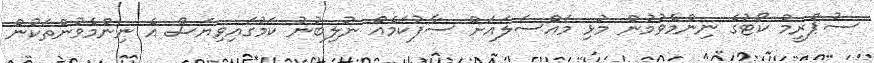
ސުޕްރީމް ކޯޓުގެ ނިންމެވުމުން މުޅި މައްސަލައަށް ސާފުކަމެއް ނުލިބުނު ކަމުގައިވިޔަސް އެ ނިންމެވުންތަކުން